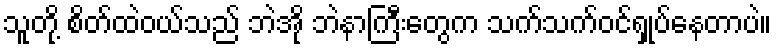
သူတို့ စိတ်ထဲဝယ်သည် ဘဲအို ဘဲနာကြီးတွေက သက်သက်ဝင်ရှုပ်နေတာပဲ။